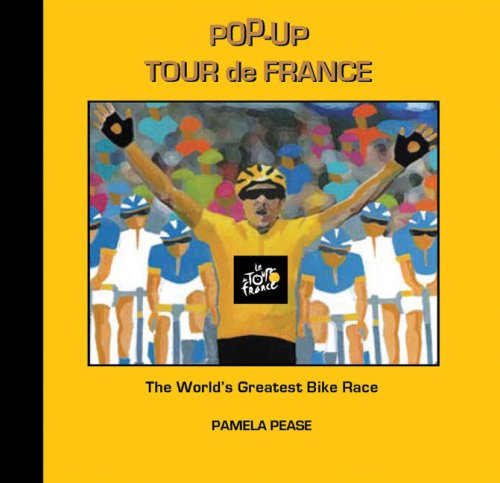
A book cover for Pop-up Tour de France: The World's Greatest Bike Race; Pamela Pease; Children's Books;